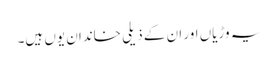
یہ وڑیاں اور ان کے ذیلی خاندان یوں ہیں۔